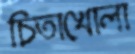
চিতাখোলা